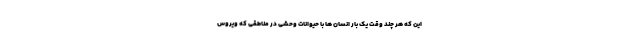
این که هر چند وقت یک بار انسان ها با حیوانات وحشی در مناطقی که ویروس